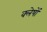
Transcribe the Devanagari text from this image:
क्लेषों